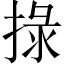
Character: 𢮑